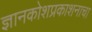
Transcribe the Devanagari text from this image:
ज्ञानकोशप्रकाशनाचा